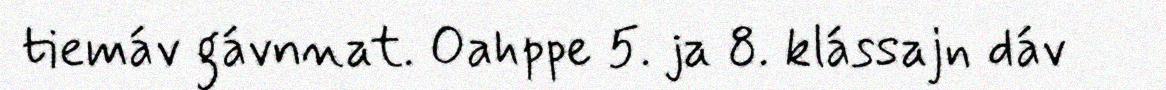
tiemáv gávnnat. Oahppe 5. ja 8. klássajn dáv